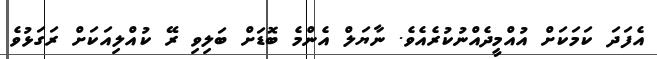
އެފަދަ ކަމަކަށް އުއްމީދެއްނުކުރެއެވެ. ނާޔަލް އެންމެ ބޮޑަށް ބަލިވި ރޭ ކުއްލިއަކަށް ރަގަޅުވެ